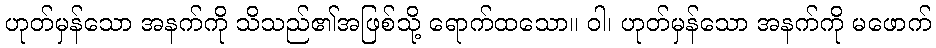
ဟုတ်မှန်သော အနက်ကို သိသည်၏အဖြစ်သို့ ရောက်ထသော။ ဝါ၊ ဟုတ်မှန်သော အနက်ကို မဖောက်